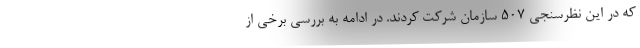
که در این نظرسنجی 507 سازمان شرکت کردند. در ادامه به بررسی برخی از